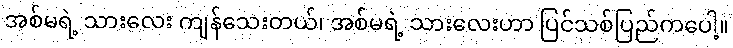
အစ်မရဲ့ သားလေး ကျန်သေးတယ်၊ အစ်မရဲ့ သားလေးဟာ ပြင်သစ်ပြည်ကပေါ့။